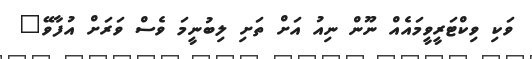
ވަކި ވިކްޓަރީވީމައެއް ނޫން ނިއު އަށް ތަށި ލިބުނީމަ ވެސް ވަރަށް އުފާވޭ"